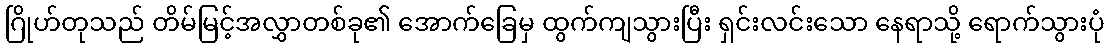
ဂြိုဟ်တုသည် တိမ်မြင့်အလွှာတစ်ခု၏ အောက်ခြေမှ ထွက်ကျသွားပြီး ရှင်းလင်းသော နေရာသို့ ရောက်သွားပုံ